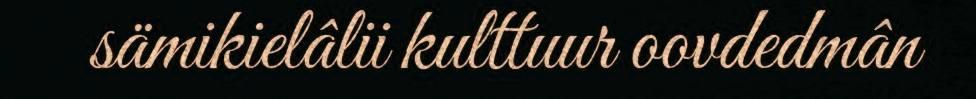
sämikielâlii kulttuur oovdedmân